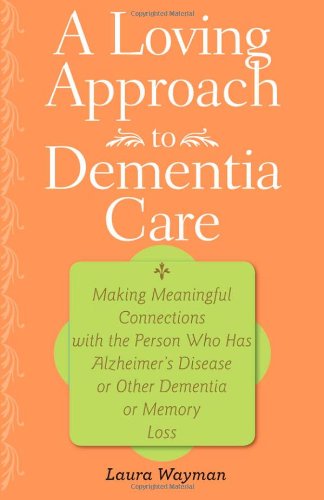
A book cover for A Loving Approach to Dementia Care: Making Meaningful Connections with the Person Who Has Alzheimer's Disease or Other Dementia or Memory Loss; Laura Wayman; Parenting & Relationships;